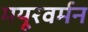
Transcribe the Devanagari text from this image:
मयूरवर्मन